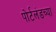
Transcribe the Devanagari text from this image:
पोर्टलंडच्या